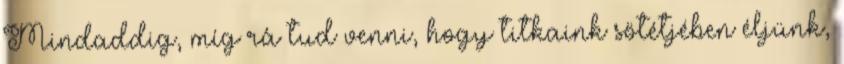
Mindaddig, míg rá tud venni, hogy titkaink sötétjében éljünk,